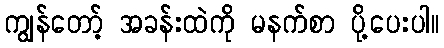
ကျွန်တော့် အခန်းထဲကို မနက်စာ ပို့ပေးပါ။